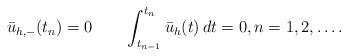
\begin{align*}\bar u_{h,-}(t_{n})=0\quad\quad\int_{t_{n-1}}^{t_n} \bar u_h(t)\, dt=0,n=1,2,\dots.\end{align*}